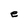
Character: e